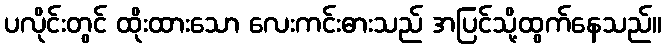
ပလိုင်းတွင် ထိုးထားသော လေးကင်းဓားသည် အပြင်သို့ထွက်နေသည်။